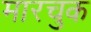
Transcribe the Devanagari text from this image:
मारचुक